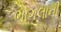
ભાગલાની